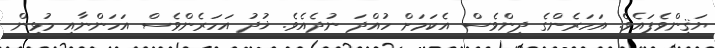
ޔަޤީންވެފައެވެ. އަހަރެންގެ ދީންވެސް އެކަމަށް ހުއްދަ ނުދެއެވެ. ޚުދު އަހަރެންވެސް އަހަންނާއި މުޅިން